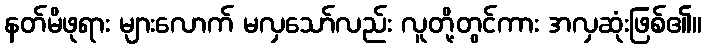
နတ်မိဖုရား များလောက် မလှသော်လည်း လူတို့တွင်ကား အလှဆုံးဖြစ်၏။